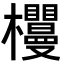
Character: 𣡠